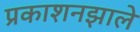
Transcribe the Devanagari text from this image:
प्रकाशनझाले